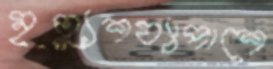
মৃত্যুশয্যাপাশে